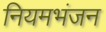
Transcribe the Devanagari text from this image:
नियमभंजन